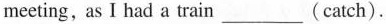
meeting,as I had a train ___ (catch).